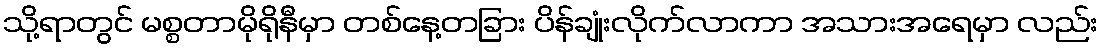
သို့ရာတွင် မစ္စတာမိုရိုနီမှာ တစ်နေ့တခြား ပိန်ချုံးလိုက်လာကာ အသားအရေမှာ လည်း